Vaccination in Burma 1889-1999 - 1889-1999
Year: 1889
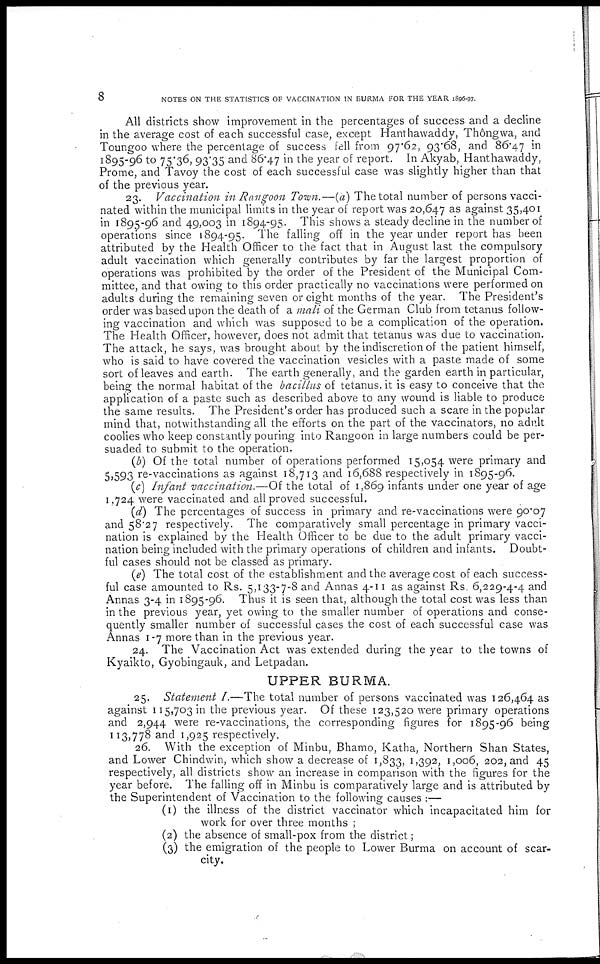
8
NOTES ON THE STATISTICS OF VACCINATION IN BURMA FOR THE YEAR 1896-97.
All districts show improvement in the percentages of success and a decline
in the average cost of each successful case, except Hanthawaddy, Thôngwa, and
Toungoo where the percentage of success fell from 97.62, 93.68, and 86.47 in
1895-96 to 75.36, 93.35 and 86.47 in the year of report. In Akyab, Hanthawaddy,
Prome, and Tavoy the cost of each successful case was slightly higher than that
of the previous year.
23. Vaccination in Rangoon Town.—(a) The total number of persons vacci-
nated within the municipal limits in the year of report was 20,647 as against 35,401
in 1895-96 and 49,003 in 1894-95. This shows a steady decline in the number of
operations since 1894-95. The falling off in the year under report has been
attributed by the Health Officer to the fact that in August last the compulsory
adult vaccination which generally contributes by far the largest proportion of
operations was prohibited by the order of the President of the Municipal Com-
mittee, and that owing to this order practically no vaccinations were performed on
adults during the remaining seven or eight months of the year. The President's
order was based upon the death of a mali of the German Club from tetanus follow-
ing vaccination and which was supposed to be a complication of the operation.
The Health Officer, however, does not admit that tetanus was due to vaccination.
The attack, he says, was brought about by the indiscretion of the patient himself,
who is said to have covered the vaccination vesicles with a paste made of some
sort of leaves and earth. The earth generally, and the garden earth in particular,
being the normal habitat of the bacillus of tetanus. it is easy to conceive that the
application of a paste such as described above to any wound is liable to produce
the same results. The President's order has produced such a scare in the popular
mind that, notwithstanding all the efforts on the part of the vaccinators, no adult
coolies who keep constantly pouring into Rangoon in large numbers could be per-
suaded to submit to the operation.
(b) Of the total number of operations performed 15,054 were primary and
5,593 re-vaccinations as against 18,713 and 16,688 respectively in 1895-96.
(c) Infant vaccination.—Of the total of 1,869 infants under one year of age
1,724 were vaccinated and all proved successful.
(d) The percentages of success in primary and re-vaccinations were 90.07
and 58.27 respectively. The comparatively small percentage in primary vacci-
nation is explained by the Health Officer to be due to the adult primary vacci-
nation being included with the primary operations of children and infants. Doubt-
ful cases should not be classed as primary.
(e) The total cost of the establishment and the average cost of each success-
ful case amounted to Rs. 5,133-7-8 and Annas 4-11 as against Rs. 6,229-4-4 and
Annas 3-4 in 1895-96. Thus it is seen that, although the total cost was less than
in the previous year, yet owing to the smaller number of operations and conse-
quently smaller number of successful cases the cost of each successful case was
Annas 1-7 more than in the previous year.
24. The Vaccination Act was extended during the year to the towns of
Kyaikto, Gyobingauk, and Letpadan.
UPPER BURMA.
25. Statement I.—The total number of persons vaccinated was 126,464 as
against 115,703 in the previous year. Of these 123,520 were primary operations
and 2,944 were re-vaccinations, the corresponding figures for 1895-96 being
113,778 and 1,925 respectively.
26. With the exception of Minbu, Bhamo, Katha, Northern Shan States,
and Lower Chindwin, which show a decrease of 1,833, 1,392, 1,006, 202, and 45
respectively, all districts show an increase in comparison with the figures for the
year before. The falling off in Minbu is comparatively large and is attributed by
the Superintendent of Vaccination to the following causes :—
(1) the illness of the district vaccinator which incapacitated him for
work for over three months ;
(2) the absence of small-pox from the district;
(3) the emigration of the people to Lower Burma on account of scar-
city.